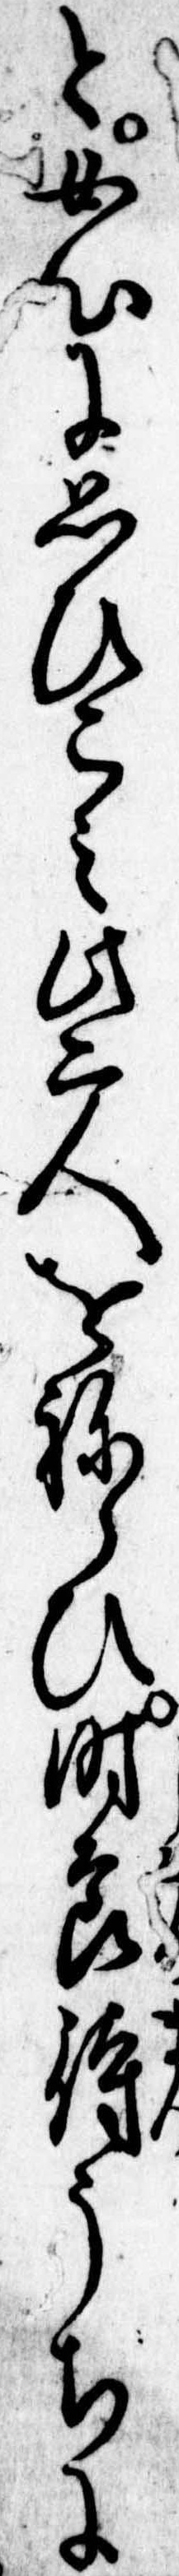
と女心に思ひこみ此二人をねらひ時節待うちに